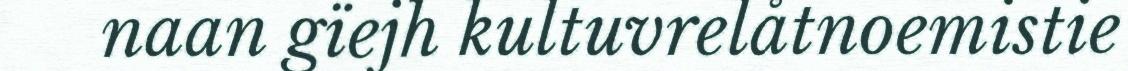
naan gïejh kultuvrelåtnoemistie